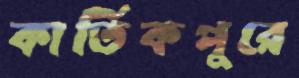
কার্তিকপুরে